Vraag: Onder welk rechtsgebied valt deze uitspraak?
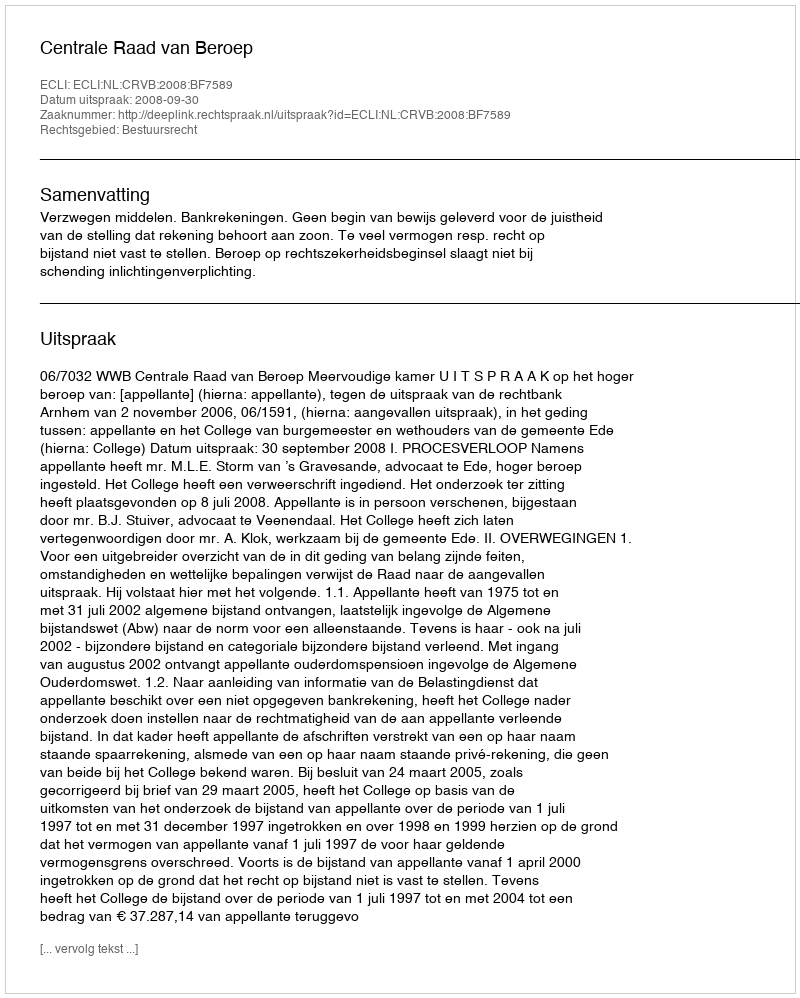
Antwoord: Bestuursrecht